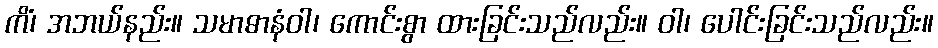
ကိံ၊ အဘယ်နည်း။ သမာဓာနံဝါ၊ ကောင်းစွာ ထားခြင်းသည်လည်း။ ဝါ၊ ပေါင်းခြင်းသည်လည်း။